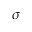
\sigma